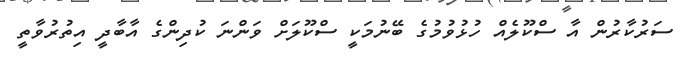
ސަރުކާރުން އާ ސްކޫލެއް ހުޅުވުމުގެ ބޭނުމަކީ ސްކޫލަށް ވަންނަ ކުދިންގެ އާބާދީ އިތުރުވާތީ